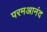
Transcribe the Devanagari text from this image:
परमआनंद